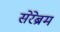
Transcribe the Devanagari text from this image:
सेरेब्रम